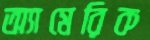
অ্যামেরিক